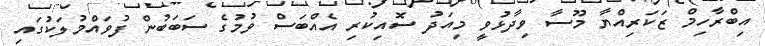
އިބްރާހިމް ޒަކަރިއްޔާ މޫސާ ވިދާޅުވީ މިއަދު ސޮއިކުރި އެއްބަސް ވުމުގެ ސަބަބުން ފުވައްމުލަކުގައި